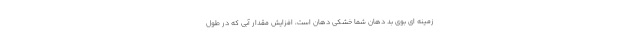
زمینه ای بوی بد دهان شما خشکی دهان است، افزایش مقدار آبی که در طول